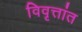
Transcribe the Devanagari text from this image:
विवृत्तांत